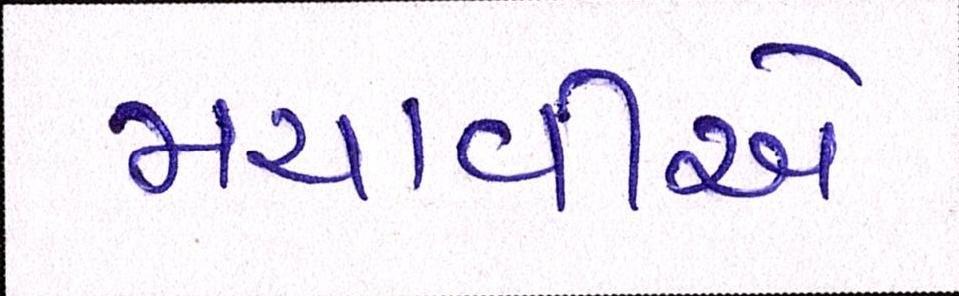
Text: મચાવીબે